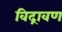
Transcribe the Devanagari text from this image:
विद्रावण